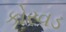
કોરવડ